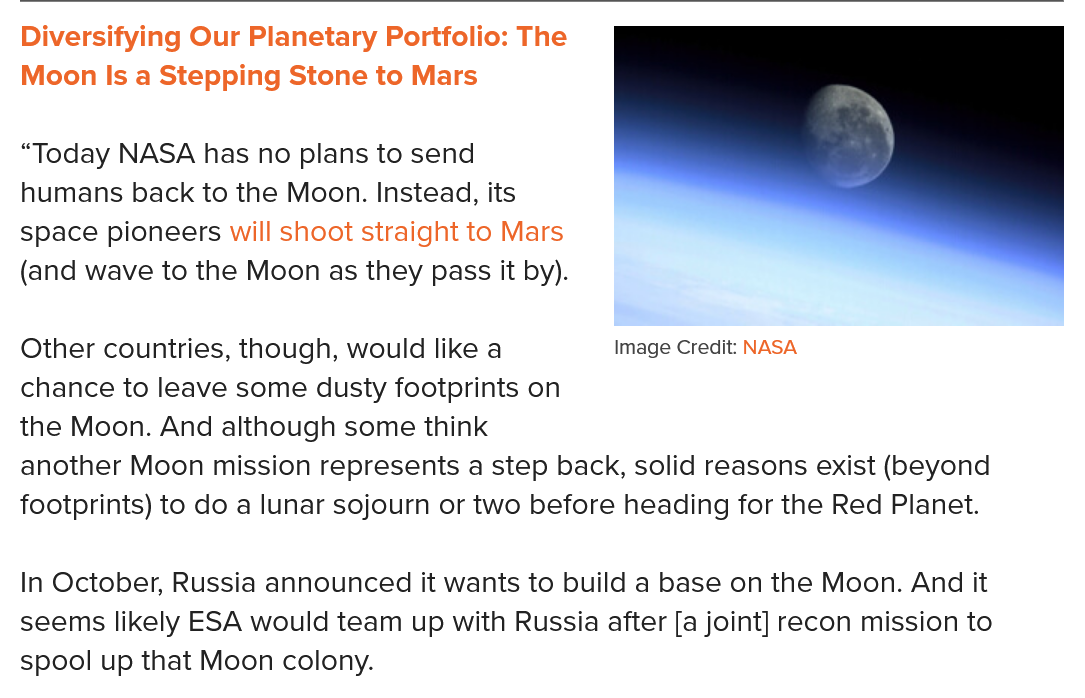
Diversifying Our Planetary Portfolio: The
  Moon Is a Stepping Stone to Mars
  “Today NASA has no plans to send
  humans back to the Moon. Instead, its
  space pioneers will shoot straight to Mars
  (and wave to the Moon as they pass it by).
  In October, Russia announced it wants to build a base on the Moon. And it
  seems likely ESA would team up with Russia after [a joint] recon mission to
  spool up that Moon colony.
  Other countries, though, would like a Image Credit: NASA
  chance to leave some dusty footprints on
  the Moon. And although some think
  another Moon mission represents a step back, solid reasons exist (beyond
  footprints) to do a lunar sojourn or two before heading for the Red Planet.
     Image Credit: NASA